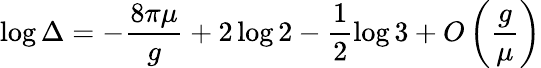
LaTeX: \log\Delta=-\frac{8\pi\mu}{g}+2\log 2-\frac 12\log 3+O\left(\frac{g}{\mu}\right)